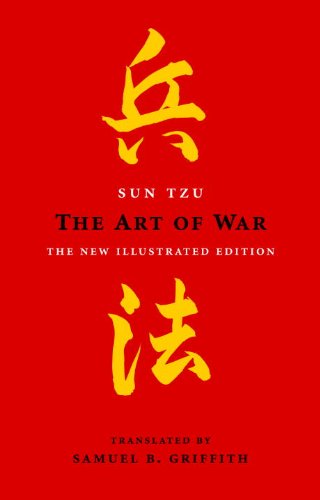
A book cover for The Art of War: The New Illustrated Edition (The Art of Wisdom); Sun Tzu; History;